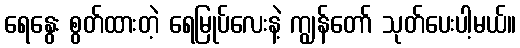
ရေနွေး စွတ်ထားတဲ့ ရေမြုပ်လေးနဲ့ ကျွန်တော် သုတ်ပေးပါ့မယ်။